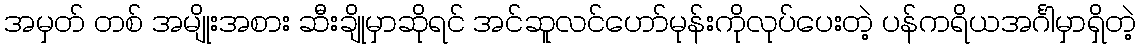
အမှတ် တစ် အမျိုးအစား ဆီးချိုမှာဆိုရင် အင်ဆူလင်ဟော်မုန်းကိုလုပ်ပေးတဲ့ ပန်ကရိယအင်္ဂါမှာရှိတဲ့